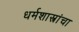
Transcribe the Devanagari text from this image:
धर्मशास्त्रांचा